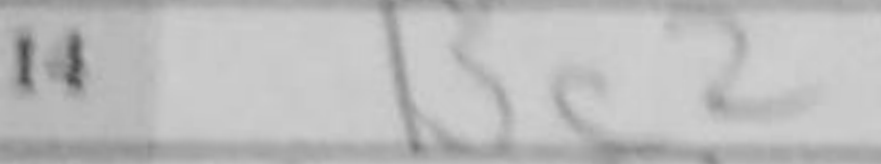
Transcription: Bc2